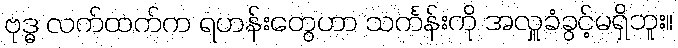
ဗုဒ္ဓ လက်ထက်က ရဟန်းတွေဟာ သင်္ကန်းကို အလှူခံခွင့်မရှိဘူး။